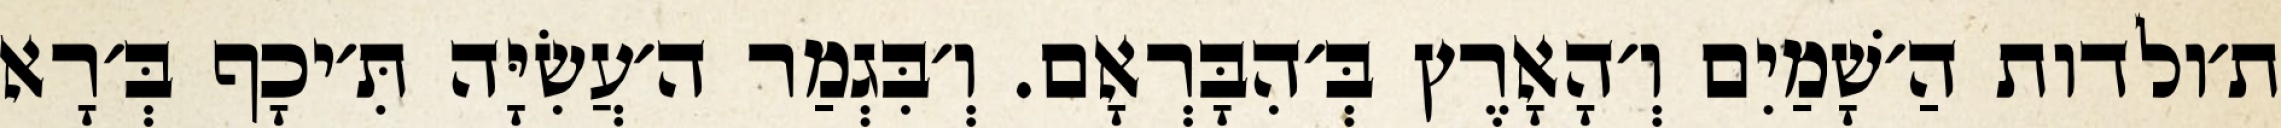
ת׳ולדות הַ׳שָׁמַיִם וְ׳הָאָרֶץ בְּ׳הִבָּרְאָם. וְ׳בִּגְמַר ה׳עֲשִׂיָּה תִּ׳יכָף בְּ׳רָא